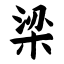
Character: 梁